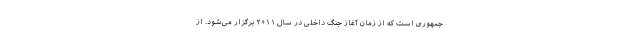
جمهوری است که از زمان آغاز جنگ داخلی در سال ۲۰۱۱ برگزار می‌شود. از